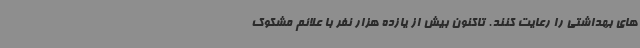
های بهداشتی را رعایت کنند. تاکنون بیش از یازده هزار نفر با علائم مشکوک